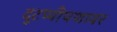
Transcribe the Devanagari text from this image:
दुटप्पीपणावर